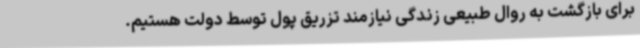
برای بازگشت به روال طبیعی زندگی نیازمند تزریق پول توسط دولت هستیم.